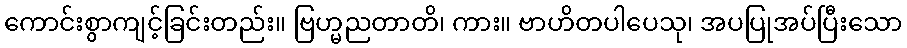
ကောင်းစွာကျင့်ခြင်းတည်း။ ဗြဟ္မညတာတိ၊ ကား။ ဗာဟိတပါပေသု၊ အပပြုအပ်ပြီးသော